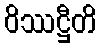
ဝိဿဋ္ဌီတိ